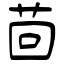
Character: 茴